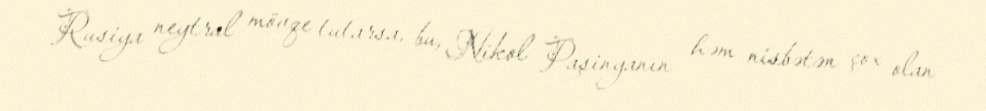
Rusiya neytral mövqe tutarsa, bu, Nikol Paşinyanın həm nisbətən çox olan